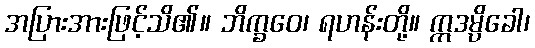
အပြားအားဖြင့်သိ၏။ ဘိက္ခဝေ၊ ရဟန်းတို့။ ဣဒမ္ပိခေါ၊